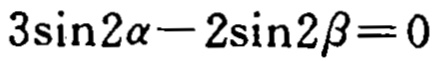
\(3\sin2\alpha - 2\sin2\beta = 0\)